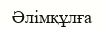
Әлімқұлға